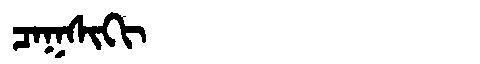
Manchu: ᠴᠠᡴᠰᡳᡴᡳ
Romanization: CAKSIKI